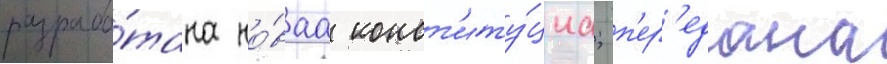
разрабо́тана но́ваа конст'иту́циа; п'ер'едана